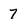
Character: 7